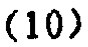
$(10)$